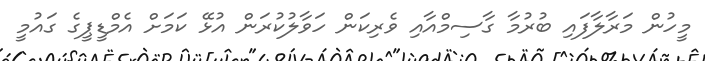
މީހުން މަރާލާފައި ބުރުމާ ގާސިމްއާއި ވެރިކަން ހަވާލުކުރަން އުޅޭ ކަމަށް އެމްޑީޕީގެ ގައުމީ